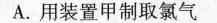
A.用装置甲制取氯气